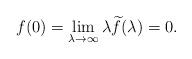
LaTeX: \begin{align*}f(0)=\lim_{\lambda \to \infty}\lambda\widetilde{f}(\lambda)=0.\end{align*}